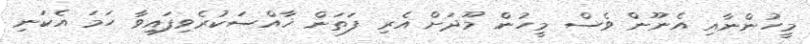
މީހުންނާއި އެނޫން ވެސް މީހުން މޫދަށް އެރި ފަތަން ޚާއްސަކުރެވިފައިވާ ހަމަ އެކަނި